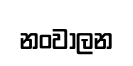
නංවාලන